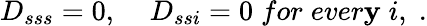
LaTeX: D_{sss}=0,\; \; \; \; D_{ssi}=0\; for\; ever\mathbf{y}\; i,\; .